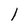
Character: 1